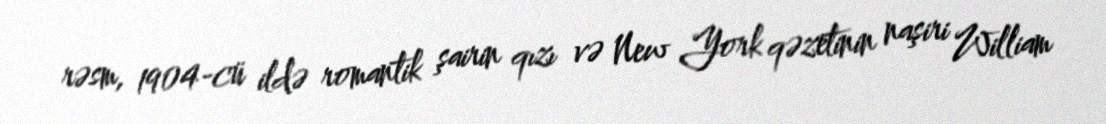
rəsm, 1904-cü ildə romantik şairin qızı və New York qəzetinin naşiri William